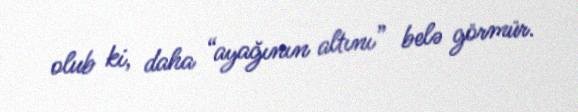
olub ki, daha “ayağının altını” belə görmür.